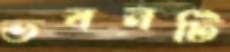
ভবনটি